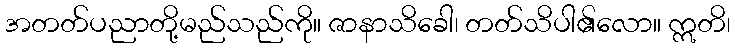
အတတ်ပညာတို့မည်သည်ကို။ ဇာနာသိခေါ၊ တတ်သိပါ၏လော။ ဣတိ၊